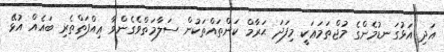
އަދި އަޅުގަނޑުމެންގެ މުޖްތަމަޢަކީ މިފަދަ ޙަރާމް ކަންތައްތަކުން ސަލާމަތްވެގެންވާ ޢިއްފަތްތެރި ބައެއް އުޅޭ